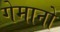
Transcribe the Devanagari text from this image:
गेमानो